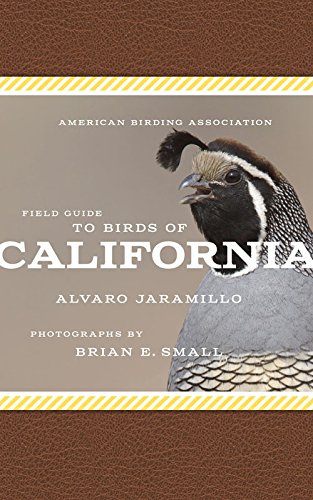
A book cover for American Birding Association Field Guide to Birds of California (American Birding Association State Field); Alvaro Jaramillo; Science & Math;